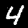
Label: 4